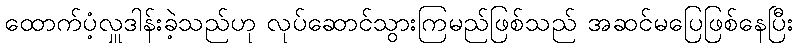
ထောက်ပံ့လှူဒါန်းခဲ့သည်ဟု လုပ်ဆောင်သွားကြမည်ဖြစ်သည် အဆင်မပြေဖြစ်နေပြီး